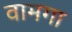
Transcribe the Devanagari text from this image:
वामगा